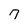
Character: 7